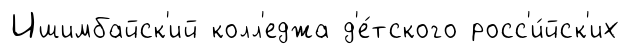
Ишимбайск'ий колл'еджа д'е́тского росс'и́йск'их